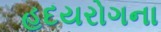
હદયરોગના